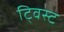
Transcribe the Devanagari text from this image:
टि्वस्ट